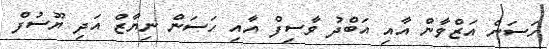
ހަސަން އަޒްވާން އާއި އަބްދު ވާސިފް އާއި ހަސަން ނިޔާޒް އަދި ޔޫސުފް